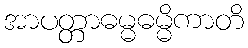
အာပတ္တာဓမ္မဓမ္မိကာတိ